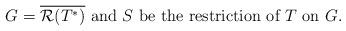
LaTeX: \begin{align*}G=\overline{\mathcal{R}(T^*)} \ \mbox{and}\ S\ \mbox{be the restriction of $T$ on $G$.}\end{align*}